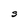
Character: S